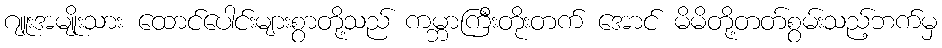
ဂျူးအမျိုးသား ထောင်ပေါင်းများစွာတို့သည် ကမ္ဘာကြီးတိုးတက် အောင် မိမိတို့တတ်စွမ်းသည့်ဘက်မှ